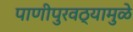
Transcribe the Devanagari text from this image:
पाणीपुरवठ्यामुळे